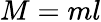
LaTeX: M=ml